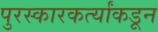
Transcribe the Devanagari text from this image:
पुरस्कारकर्त्यांकडून